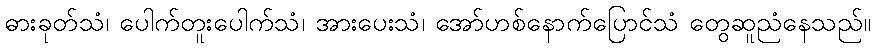
ဓားခုတ်သံ၊ ပေါက်တူးပေါက်သံ၊ အားပေးသံ၊ အော်ဟစ်နောက်ပြောင်သံ တွေဆူညံနေသည်။